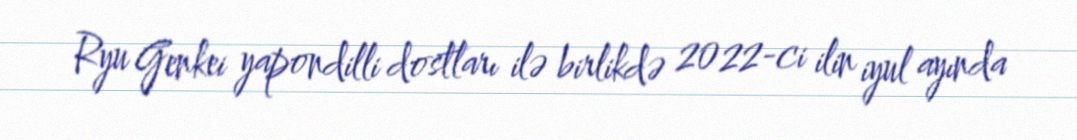
Ryu Genkei yapondilli dostları ilə birlikdə 2022-ci ilin iyul ayında